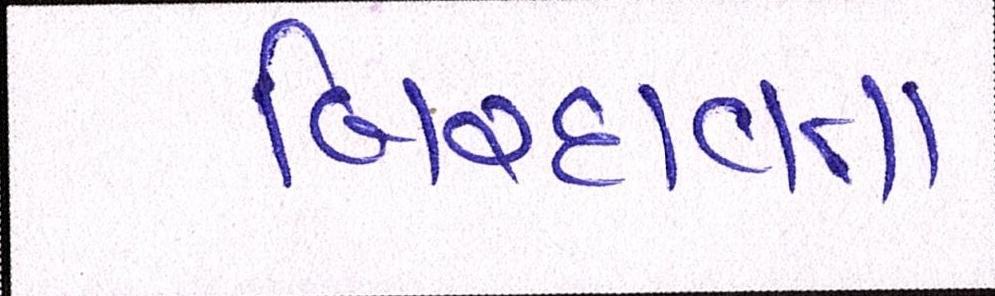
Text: બિરદાવતા